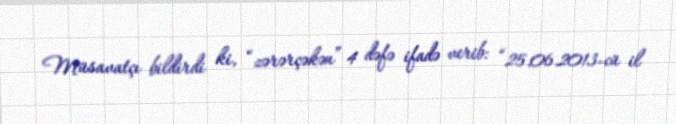
Müsavatçı bildirdi ki, “zərərçəkən” 4 dəfə ifadə verib: “25.06.2013-cü il